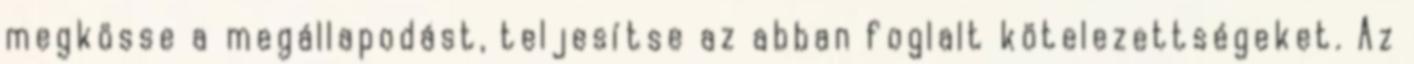
megkösse a megállapodást, teljesítse az abban foglalt kötelezettségeket. Az